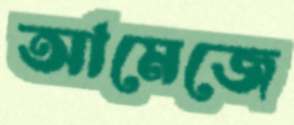
আমেজে